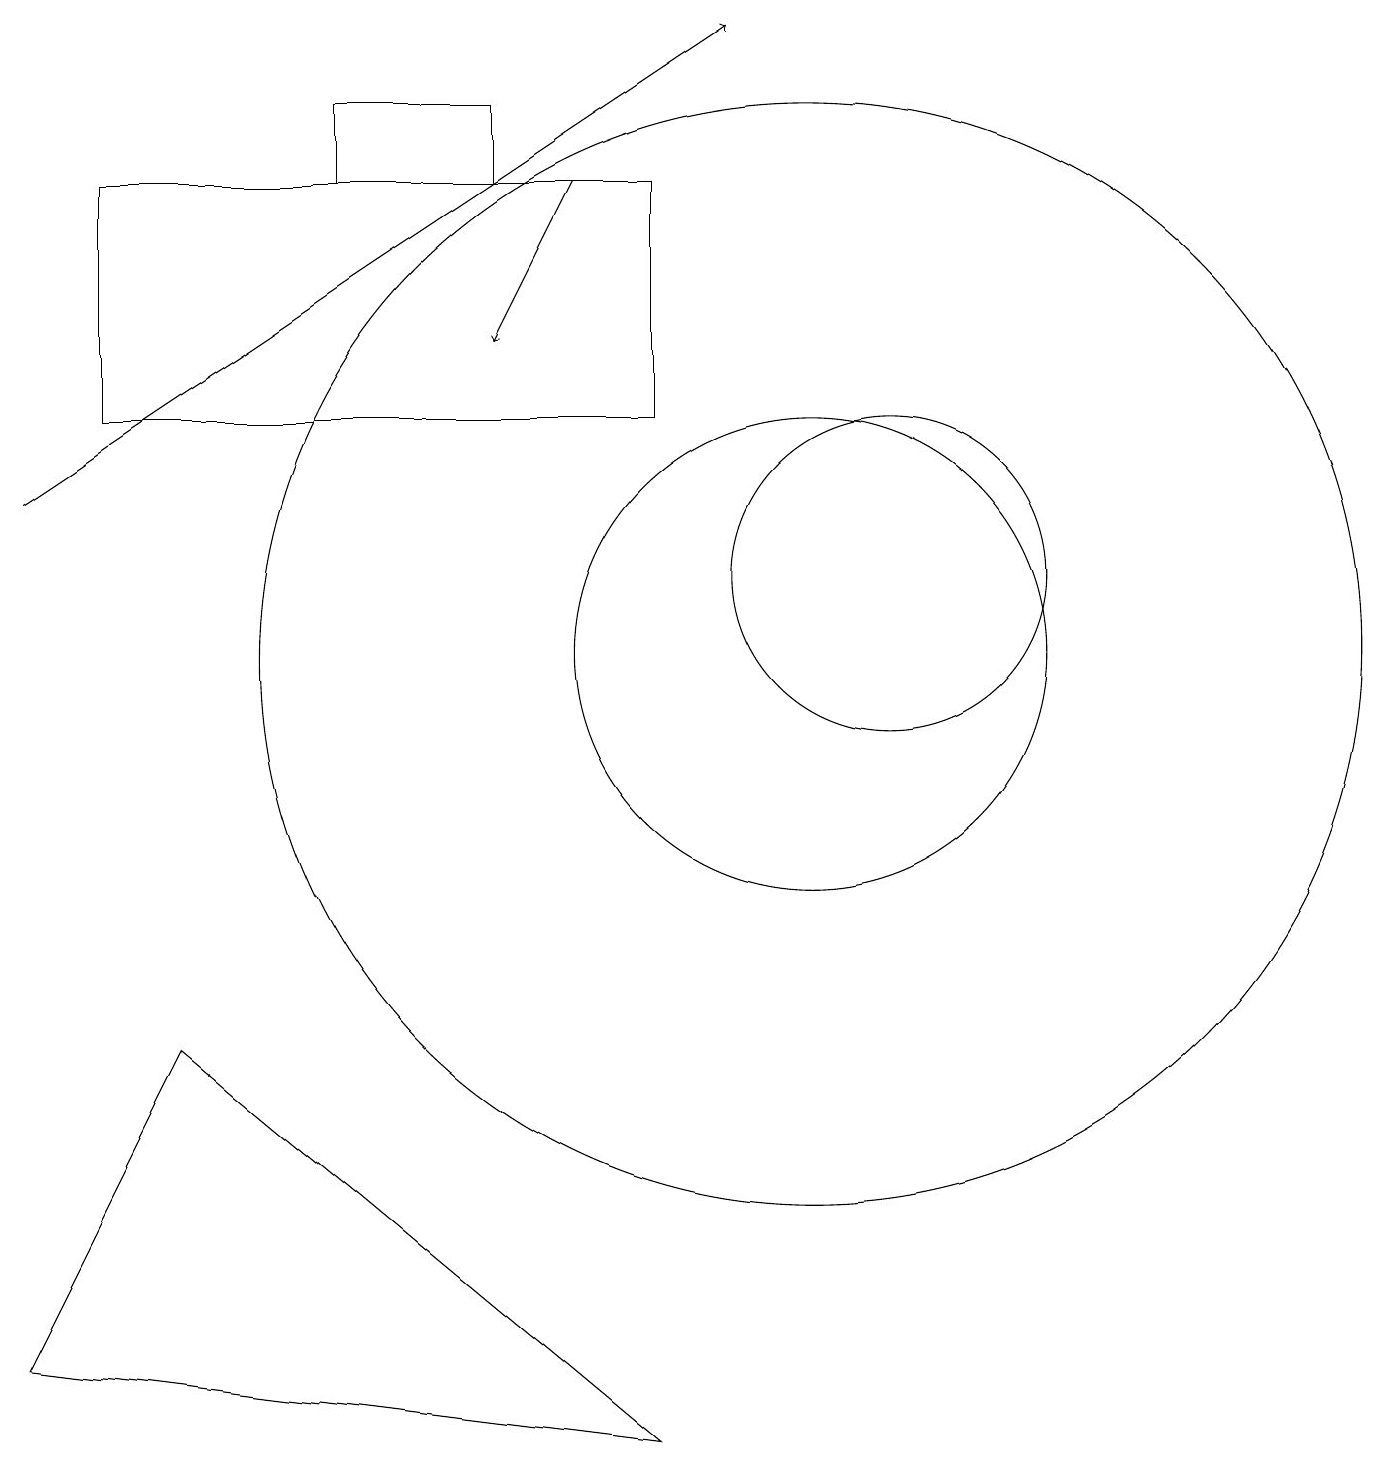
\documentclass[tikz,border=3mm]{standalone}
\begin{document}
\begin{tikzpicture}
\draw (10,10) circle (3);
\draw (6,16) rectangle (4,17);
\draw (8,16) rectangle (1,13);
\draw[->] (0,12) -- (9,18);
\draw (8,0) -- (0,1) -- (2,5) -- cycle;
\draw (11,11) circle (2);
\draw (10,10) circle (7);
\draw[->] (7,16) -- (6,14);
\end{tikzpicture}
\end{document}